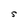
Character: S